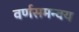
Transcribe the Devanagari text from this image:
वर्णसमन्वय